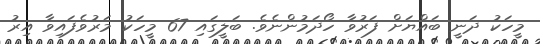
މީހަކު ދަނީ ބައްޔަށް ފަރުވާ ހޯދަމުންނެވެ. ބަލީގައި 67 މީހަކު މަރުވެފައިވާ އިރު